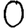
Digit: 0